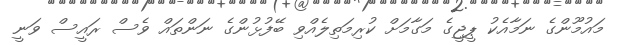
މައުމޫންގެ ނަމާއެކު ޕީޖީގެ މަގާމަށް ކުރިމަތިލެއްވި ބޭފުޅުންގެ ނަންތައް ވެސް ރައީސް ވަނީ